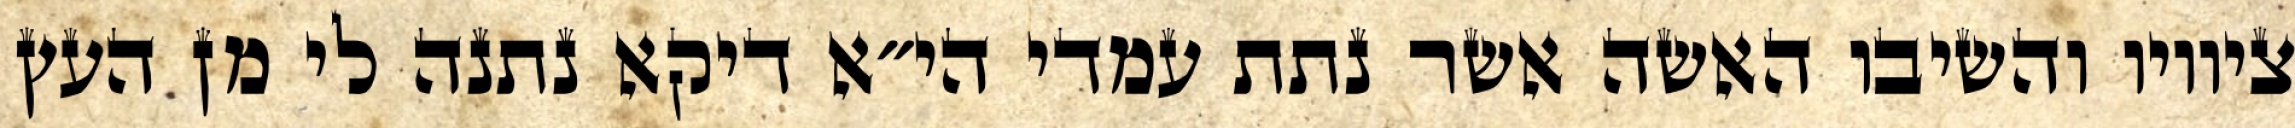
ציוויו והשיבו האשה אשר נתת עמדי הי״א דיקא נתנה לי מן העץ